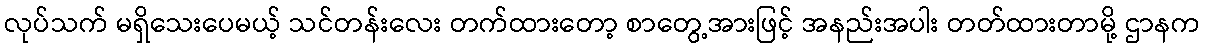
လုပ်သက် မရှိသေးပေမယ့် သင်တန်းလေး တက်ထားတော့ စာတွေ့အားဖြင့် အနည်းအပါး တတ်ထားတာမို့ ဌာနက